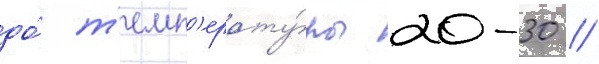
до́ т'емп'ерату́ры 20-30 //